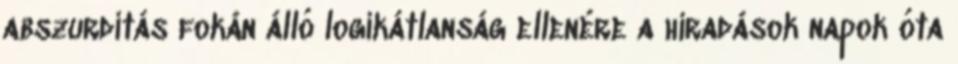
abszurditás fokán álló logikátlanság ellenére a híradások napok óta